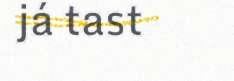
já tast